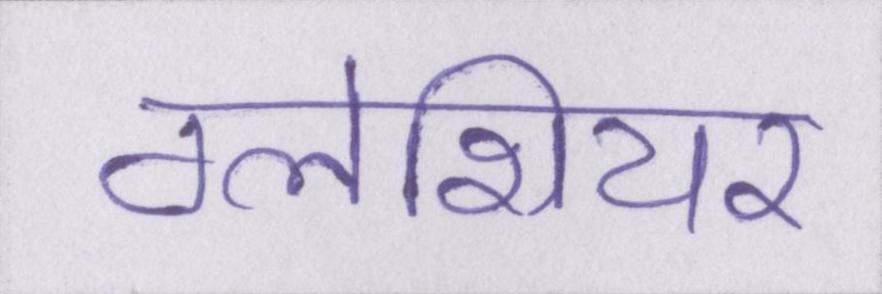
ग्लेशियर